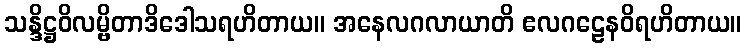
သန္ဒိဋ္ဌဝိလမ္ဗိတာဒိဒေါသရဟိတာယ။ အနေလဂလာယာတိ ဧလဂဠေနဝိရဟိတာယ။